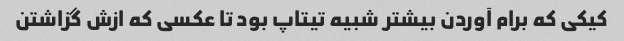
کیکی که برام آوردن بیشتر شبیه تیتاپ بود تا عکسی که ازش گزاشتن